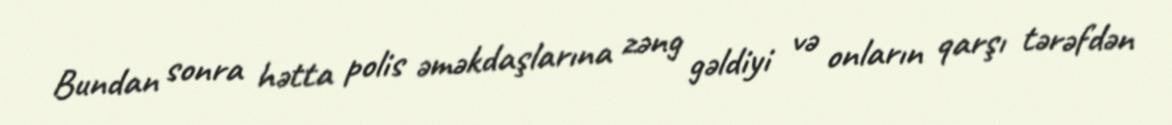
Bundan sonra hətta polis əməkdaşlarına zəng gəldiyi və onların qarşı tərəfdən